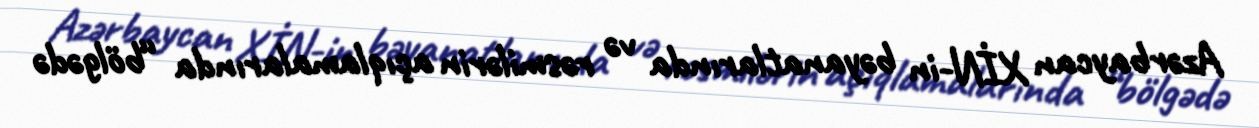
Azərbaycan XİN-in bəyanatlarında və rəsmilərin açıqlamalarında “bölgədə